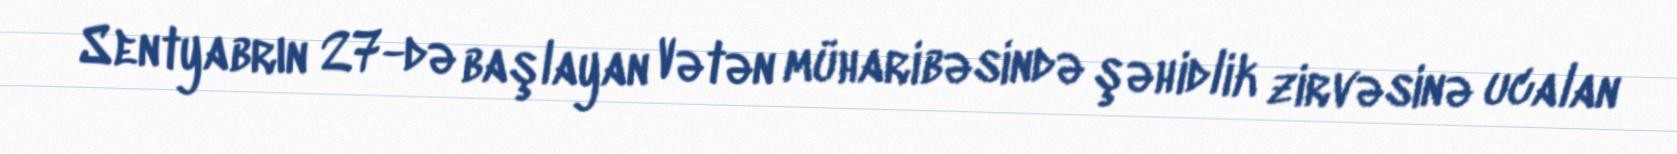
Sentyabrın 27-də başlayan Vətən müharibəsində şəhidlik zirvəsinə ucalan